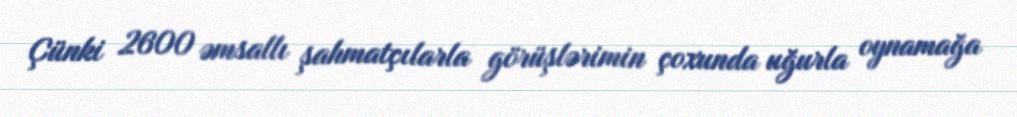
Çünki 2600 əmsallı şahmatçılarla görüşlərimin çoxunda uğurla oynamağa